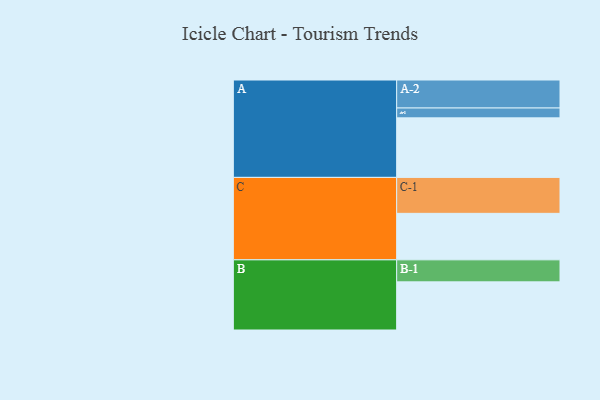
{"axis": {"x": "Segment", "y": "Value"}, "legend": ["", "A", "B", "C"], "data": [{"x": "A", "y": 470, "type": ""}, {"x": "B", "y": 380, "type": ""}, {"x": "C", "y": 367, "type": ""}, {"x": "A-1", "y": 78, "type": "A"}, {"x": "A-2", "y": 221, "type": "A"}, {"x": "B-1", "y": 174, "type": "B"}, {"x": "C-1", "y": 284, "type": "C"}]}